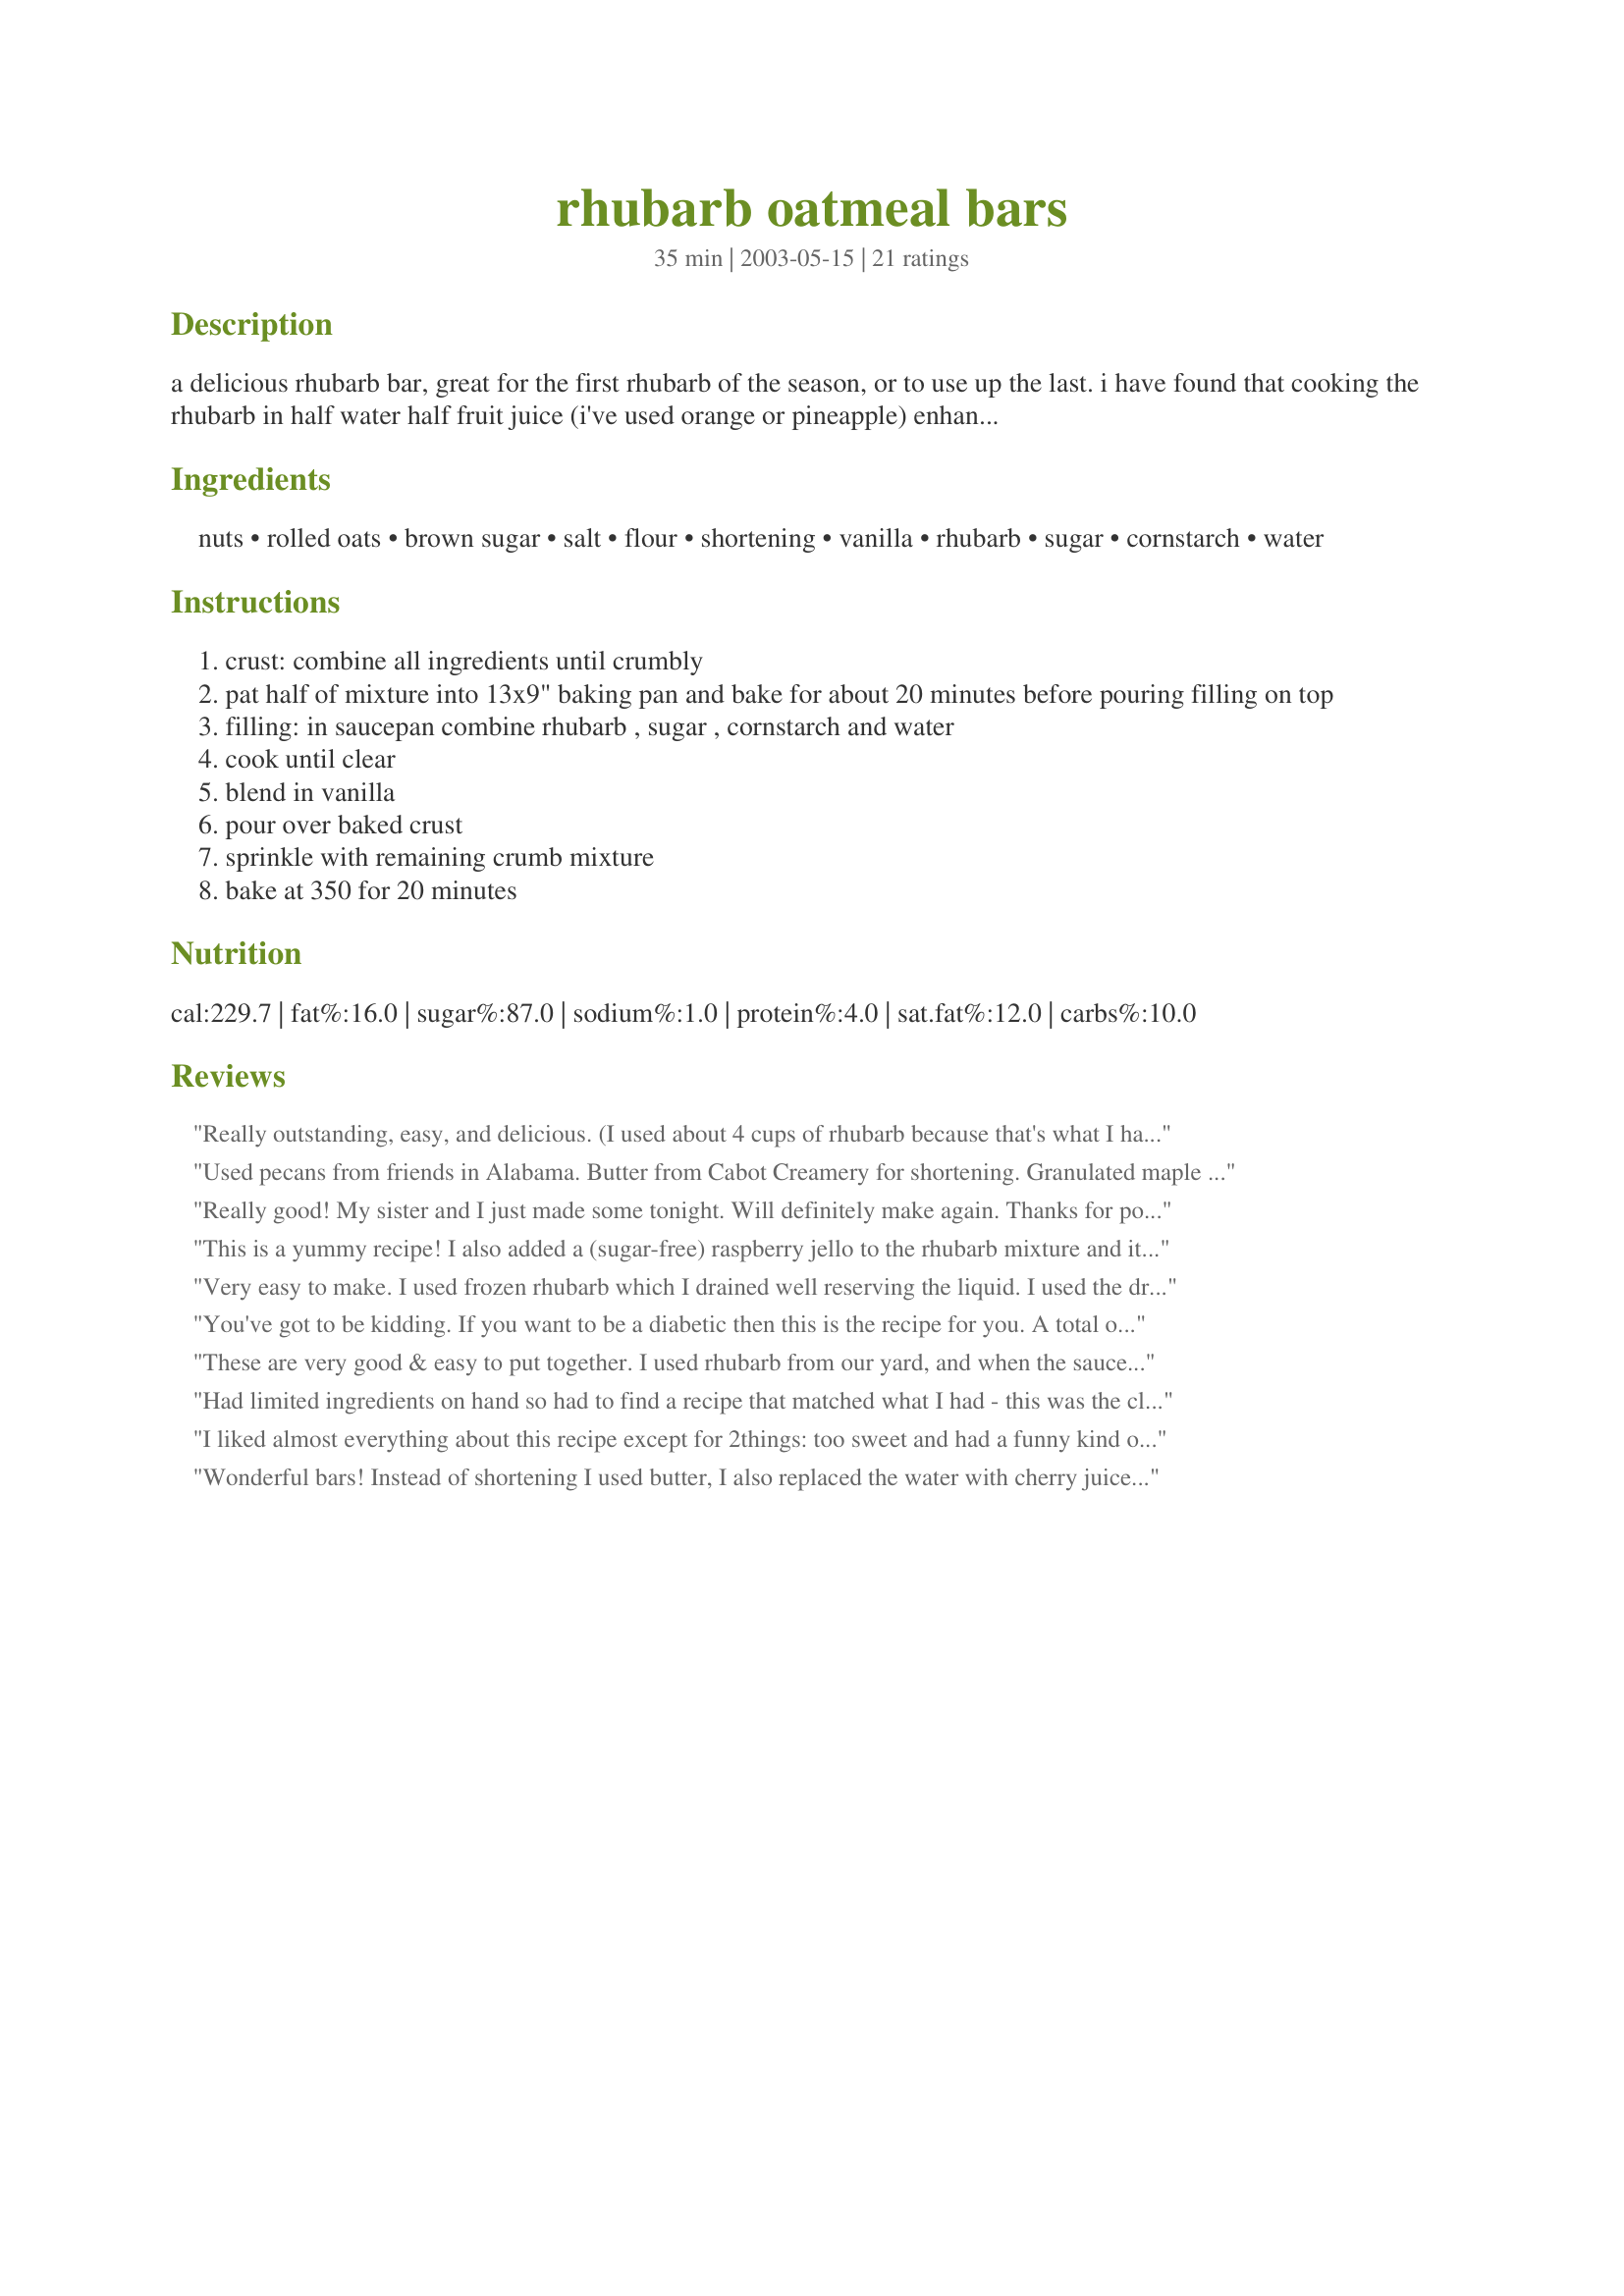
rhubarb oatmeal bars
Preparation time: 35 minutes

a delicious rhubarb bar, great for the first rhubarb of the season, or to use up the last. i have found that cooking the rhubarb in half water half fruit juice (i've used orange or pineapple) enhances the flavour nicely.

Ingredients:
nuts, rolled oats, brown sugar, salt, flour, shortening, vanilla, rhubarb, sugar, cornstarch, water

Steps:
crust: combine all ingredients until crumbly
pat half of mixture into 13x9" baking pan and bake for about 20 minutes before pouring filling on top
filling: in saucepan combine rhubarb , sugar , cornstarch and water
cook until clear
blend in vanilla
pour over baked crust
sprinkle with remaining crumb mixture
bake at 350 for 20 minutes

Reviews:
Really outstanding, easy, and delicious. (I used about 4 cups of rhubarb because that's what I had, and it worked great.) Be sure to let it cool completely before cutting into bars; otherwise it slumps onto your plate. When cool it has the structural integrity of a regular cookie.
Used pecans from friends in Alabama. Butter from Cabot Creamery for shortening. Granulated maple sugar from Mapleland farms for brown sugar and dark maple syrup from Mapleland farms for filling. Covered baked crust with 1/2 Gardenworks strawberry preserves before adding filling. Cooking local!
Really good! My sister and I just made some tonight. Will definitely make again. Thanks for posting, Lezlie!
This is a yummy recipe! I also added a (sugar-free) raspberry jello to the rhubarb mixture and it turned out so good. Next time I may cut back on the sugar a bit because the added jello makes it pretty sweet. Delicious!
Very easy to make. I used frozen rhubarb which I drained well reserving the liquid. I used the drained liquid in place of the water. Since I used frozen rhubarb I added a little extra cornstarch because thawed rhubarb is a little soggy. The crust is very flakey and reminds me of pie crust. I think next time I will use a mixture of butter and shortening for the crust for extra flaver. I cut this recipe in half and baked in a 9x9 pan. I would definetly make again.
You've got to be kidding. If you want to be a diabetic then this is the recipe for you. A total of 2 1/2 cups of sugar made this the worst recipe I have ever used. It was sickeningly sweet. TERRIBLE.
These are very good & easy to put together. I used rhubarb from our yard, and when the sauce cooked down it was still sort of greenish, so I added a few drops of red food coloring, and about a teaspoon of dried orange zest - which really gave the flavor a punch. These would be excellent served with some whipped cream or vanilla ice cream. Thanks for posting! -M =)
Had limited ingredients on hand so had to find a recipe that matched what I had - this was the closest. I substituted butter for shortening, and I was out of nuts so I stole my husband's snack - salted sunflower seeds. I made the rhubarb mixture in the microwave and used M Sheffert's tip to add the orange zest. Enjoyed by all! The sunflower seeds worked out really well - I think I will include them next time (or maybe in combination with nuts).
I liked almost everything about this recipe except for 2things: too sweet and had a funny kind of artificial taste from the shortening. If I did make it again, I would use less sugar and something more natural tasting than the shortening.
Wonderful bars! Instead of shortening I used butter, I also replaced the water with cherry juice for the chopped nuts I used pecans. Fabulous and delicious! Thank you for posting!
These are really good. Sweet and tart at the same time. Make sure they cool or you will need to eat them with a fork.
no stars because I changed things up a little oddly, subbed no sugar added strawberry jam for the sugar in the filling, and made it in a muffin pan in an attempt to stick to portioning. It was tasty, but crumbled all to Hades.
I used butter and skipped the first bake (of just the bottom crust) ; just short on time. Otherwise, I made these as written. Delicious!
I have only given this 3 stars because I&#039;ve changed it considerably and haven&#039;t tasted it yet! &lt;br/&gt;&lt;br/&gt;So I was looking for a recipe to use with the fresh rhubarb growing in my yard and came across this one. I read the reviews and decided to try it. I was looking for one that made enough to fill a 9 X 13 pan and I liked the idea of nuts in the crust. I&#039;m also looking to convert my DH to a rhubarb fan. &lt;br/&gt;After reading the reviews I decided to incorporate a few of the changes suggested starting with substituting 1/2 the shortening with butter. I prepared the crust in my 7c. food processor beginning with chopping whole pecans. I then just added the rest of the crust ingredients and pulsed until it was crumbly. &lt;br/&gt;As is all too common when I began making the filling I veered off the recipe substantially. After cooking the 3 c. of rhubarb it didn&#039;t seem like enough filling so I decided to clean and slice the 1lb. of fresh strawberries I had on hand. I added them to the pot with the hot rhubarb mixture. I knew the strawberries would add a considerable amount of water so based on comments from other reviewers, I added a small package of sugar free strawberry gelatin and continued to let it boil while stirring for 1 minute to ensure the gelatin was completely dissolved. I then poured the mixture over the crust, added the rest of the crumble and baked 20 minutes. &lt;br/&gt;&lt;br/&gt;It&#039;s cooling now and looks fantastic. I figure I&#039;m going to need to let it cool completely to allow the gelatin to set before cutting. I&#039;ll come back and let you all know how it turns out.
I added 1 package (small) of Rasberry Jello (dry mix) and it added color and enhanced the wonderful flavor. Excellent recipe!
My rhubarb plant is going gangbusters and I&#039;ve been looking for new recipes to make with it - this one was a really good find. My notes I made on the recipe were that I used pecans for the nuts (I like their richness) and I didn?t add the vanilla to the crust (I forgot and it was still delicious), I cut down the sugar to 1 cup - we like our rhubarb to be lip smacking tangy. I think this will be a go-to rhubarb recipe for us as we are all really enjoying it. It&#039;s good with ice cream, but I like it plain - it&#039;s superb all by itself!
I am new to rhubarb, so I reduced the sugar in the filling to 1 cup. I figured I could add more if I needed to, but it was perfect. I almost abandoned the bar recipe and ate all the filling with a spoon! I used pecans in the crust. I will definitely make these again! I am not usually a fan of rhubarb, but I’ve been experimenting with different recipes. This one is a keeper!
Fabulous! The crust ends up crunchy & delicious and the filling is just tart enough - almost jam-like. I left out the nuts as a personal preference. I served warm with pralines & cream ice-cream - an impressive dessert!! They are really good cold as finger food, too.
Was looking to use up some rhubarb from the freezer and came across this recipe. This was very nice and a different use for rhubarb than my usual.
I made these bars to take to a family dinner. Everyone loved them! I made the following changes. I used butter instead of shortening. I used 4 cups of rhubarb for the filling and 1 cup of sugar. They came out just right to suit our desired level of sweet/tartness. Definitely let them cool if at all possible. They are tasty served with ice cream or whipped cream.
I followed the recipe as written and turned out wonderful. Easy to follow and tastes great. A keeper.Thanks for posting this recipe.
